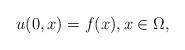
LaTeX: \begin{align*}u(0,x) = f(x),x \in \Omega,\end{align*}